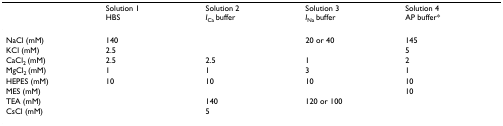
<table><thead><tr><td></td><td><b>Solution 1 HBS</b></td><td><b>Solution 2 <i>I</i><sub>Ca </sub>buffer</b></td><td><b>Solution 3 <i>I</i><sub>Na </sub>buffer</b></td><td><b>Solution 4 AP buffer*</b></td></tr></thead><tbody><tr><td>NaCl (mM)</td><td>140</td><td></td><td>20 or 40</td><td>145</td></tr><tr><td>KCl (mM)</td><td>2.5</td><td></td><td></td><td>5</td></tr><tr><td>CaCl<sub>2 </sub>(mM)</td><td>2.5</td><td>2.5</td><td>1</td><td>2</td></tr><tr><td>MgCl<sub>2 </sub>(mM)</td><td>1</td><td>1</td><td>3</td><td>1</td></tr><tr><td>HEPES (mM)</td><td>10</td><td>10</td><td>10</td><td>10</td></tr><tr><td>MES (mM)</td><td></td><td></td><td></td><td>10</td></tr><tr><td>TEA (mM)</td><td></td><td>140</td><td>120 or 100</td><td></td></tr><tr><td>CsCl (mM)</td><td></td><td>5</td><td></td><td></td></tr></tbody></table>